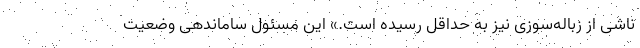
ناشی از زباله‌سوزی نیز به حداقل رسیده است.» این مسئول ساماندهی وضعیت